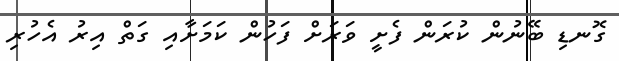
ގޮނޑި ބޭނުން ކުރަން ފެށީ ވަރަށް ފަހުން ކަމަށާއި ގަތް އިރު އެހުރި